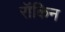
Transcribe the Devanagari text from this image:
रॉकिन